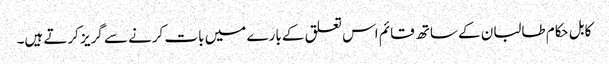
کابل حکام طالبان کے ساتھ قائم اس تعلق کے بارے میں بات کرنے سے گریز کرتے ہیں۔